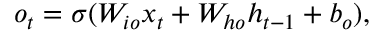
o _ { t } = \sigma ( W _ { i o } x _ { t } + W _ { h o } h _ { t - 1 } + b _ { o } ) ,